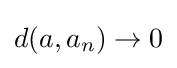
d(a,a_{n})\rightarrow 0